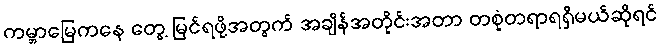
ကမ္ဘာမြေကနေ တွေ့ မြင်ရဖို့အတွက် အချိန်အတိုင်းအတာ တစုံတရာရရှိမယ်ဆိုရင်